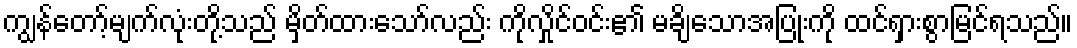
ကျွန်တော့်မျက်လုံးတို့သည် မှိတ်ထားသော်လည်း ကိုလှိုင်ဝင်း၏ မချိသောအပြုံးကို ထင်ရှားစွာမြင်ရသည်။